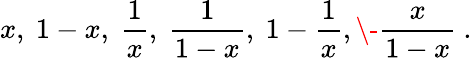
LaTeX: x,\ 1-x,\ \frac{1}{x},\ \frac{1}{1-x},\ 1-\frac{1}{x},\- \frac{x}{1-x}\ .